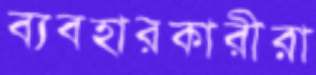
ব্যবহারকারীরা